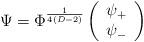
LaTeX: \begin{align*}\Psi=\Phi^{\frac{1}{4(D-2)}}\left(\begin{array}{c}\psi_+\\ \psi_-\end{array}\right)\end{align*}